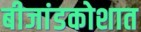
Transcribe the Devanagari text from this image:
बीजांडकोशात